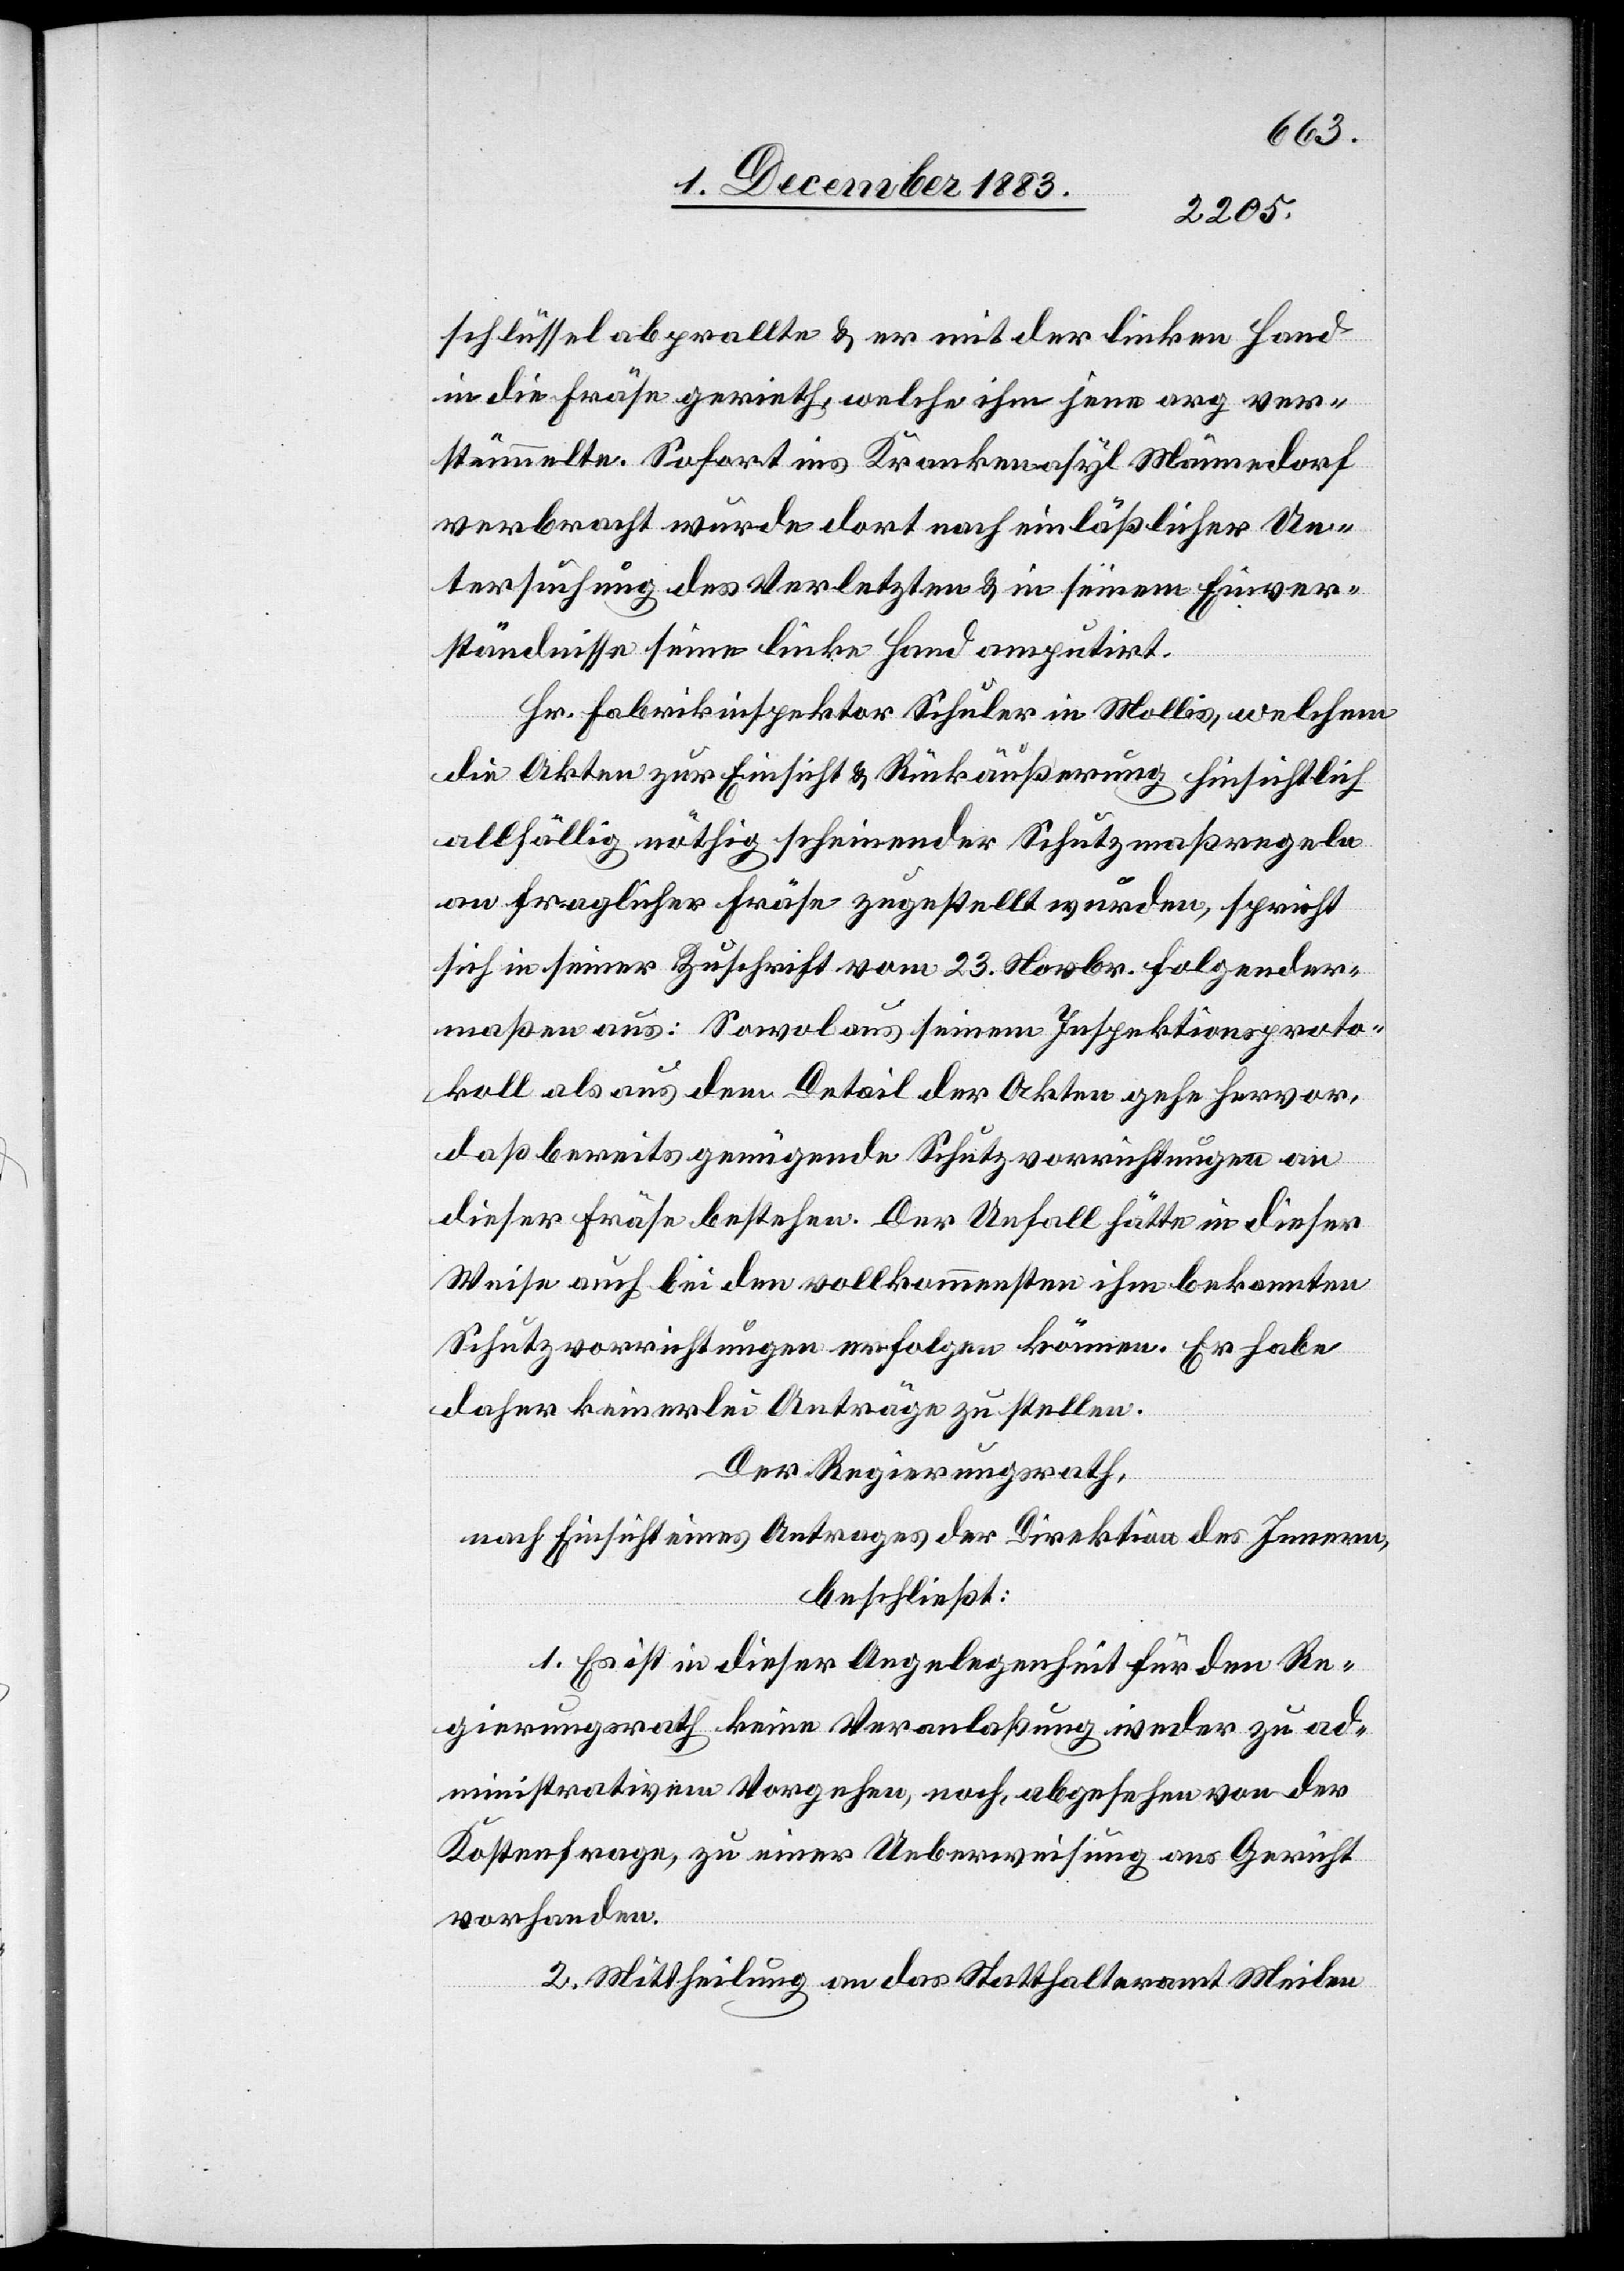
schlüssel abprallte & er mit der linken Hand
in die Fräse gerieth, welche ihm jene arg ver¬
stümmelte. Sofort ins Krankenasyl Männedorf
verbracht wurde dort nach einläßlicher Un¬
tersuchung des Verletzten & in seinem Einver¬
ständnisse seine linke Hand amputirt.
Hr. Fabrikinspektor Schuler in Mollis, welchem
die Akten zur Einsicht & Rückäußerung hinsichtlich
allfällig nöthig scheinender Schutzmaßregeln
an fraglicher Fräse zugestellt wurden, spricht
sich in seiner Zuschrift vom 23. Novbr. folgender¬
maßen aus: Sowol aus seinem Inspektionsproto¬
koll als aus dem Detail der Akten gehe hervor,
daß bereits genügende Schutzvorrichtungen an
dieser Fräse bestehen. Der Unfall hätte in dieser
Weise auch bei den vollkommensten ihm bekannten
Schutzvorrichtungen erfolgen können. Er habe
daher keinerlei Anträge zu stellen.
Der Regierungsrath,
nach Einsicht eines Antrages der Direktion des Innern,
beschließt:
1. Es ist in dieser Angelegenheit für den Re¬
gierungsrath keine Veranlaßung weder zu ad¬
ministrativem Vorgehen, noch, abgesehen von der
Kostenfrage, zu einer Ueberweisung ans Gericht
vorhanden.
2. Mittheilung an das Statthalteramt Meilen